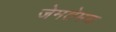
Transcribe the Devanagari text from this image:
जेमतेमच